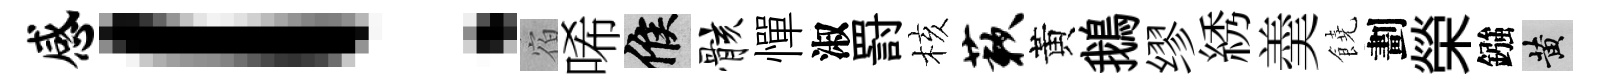
感！宿唏候骸憚淑罸核蔌黃鵝缪綉羮饒劃榮鏹黄